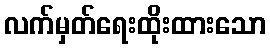
လက်မှတ်ရေးထိုးထားသော